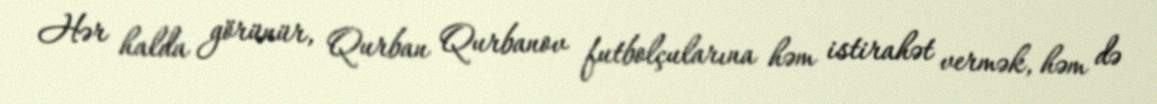
Hər halda görünür, Qurban Qurbanov futbolçularına həm istirahət vermək, həm də